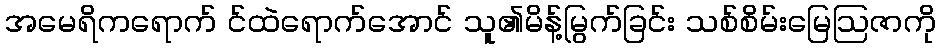
အမေရိကရောက် င်ထဲရောက်အောင် သူ၏မိန့်မြွက်ခြင်း သစ်စိမ်းမြေဩဇာကို